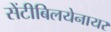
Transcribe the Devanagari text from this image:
सेंटीबिलयेनायर